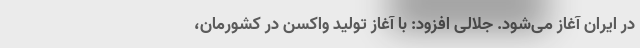
در ایران آغاز می‌شود. جلالی افزود: با آغاز تولید واکسن در کشورمان،